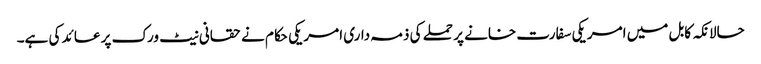
حالانکہ کابل میں امریکی سفارت خانے پر حملے کی ذمہ داری امریکی حکام نے حقانی نیٹ ورک پر عائد کی ہے۔